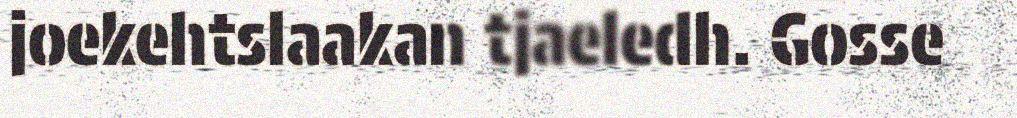
joekehtslaakan tjaeledh. Gosse